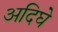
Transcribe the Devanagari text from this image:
अदिघे